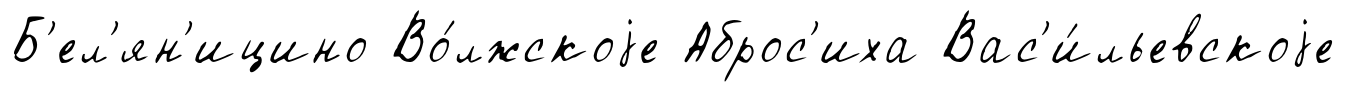
Б'ел'ян'ицино Во́лжскоjе Аброс'иха Вас'и́льевскоjе